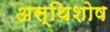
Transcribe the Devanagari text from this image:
अस्थिशोष